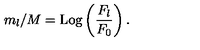
m _ { l } / M = \mathrm { L o g } \left( \frac { F _ { l } } { F _ { 0 } } \right) .